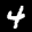
Label: 4